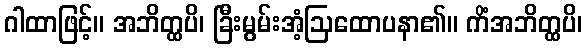
ဂါထာဖြင့်။ အဘိတ္ထပိ၊ ခြီးမွမ်းအံ့ဩထောပနာ၏။ ကိံအဘိတ္ထပိ၊